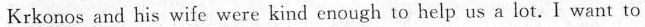
Krkonos and his wife were kind enough to help us a lot. I want to